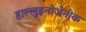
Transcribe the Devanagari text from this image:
हाल्लुइनोजेनीक